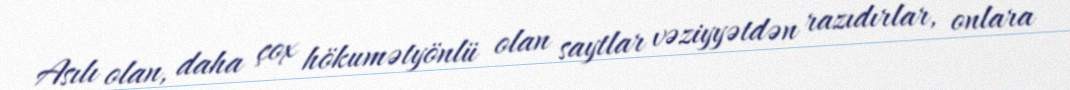
Asılı olan, daha çox hökumətyönlü olan saytlar vəziyyətdən razıdırlar, onlara